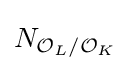
N_{{\mathcal {O}}_{L}/{\mathcal {O}}_{K}}